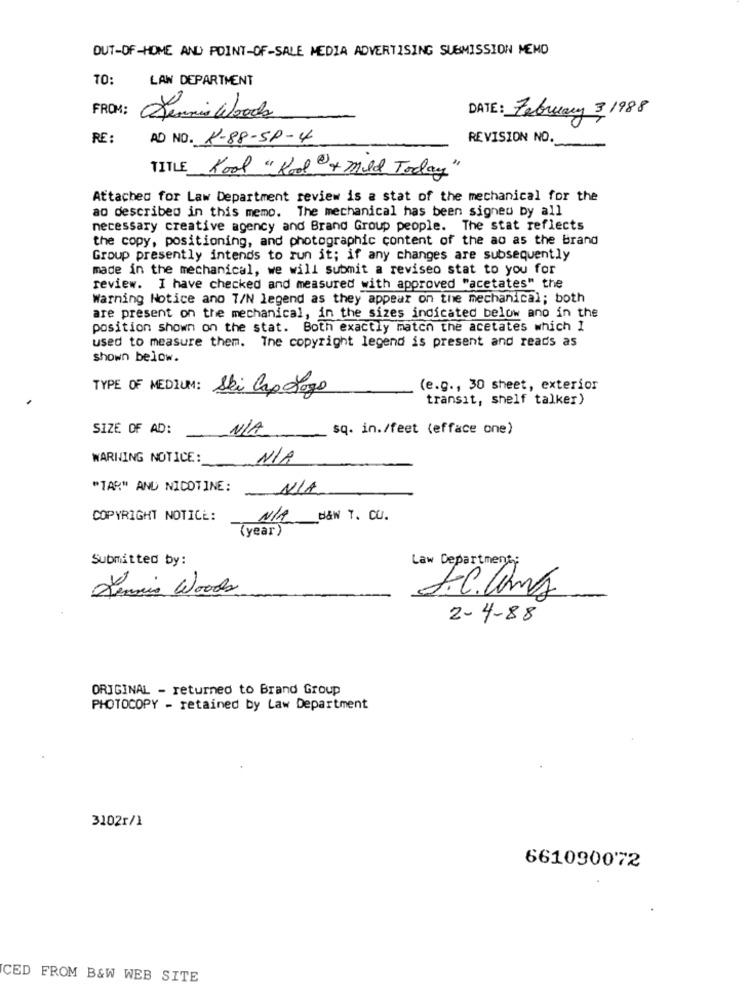
OUT-OF-HOME AND POINT-OF-SALE MEDIA ADVERTISING SUBMISSION MENO
TO:
LAW DEPARTMENT
FROM:
Dennis Woods
DATE: February 31988
RE :
AD NO. 4-88-SP-4
REVISION NO.
TITLE Kool "Kool "+ Mild Today"
Attached for Law Department review is a stat of the mechanical for the
ao described in this memo. The mechanical has been signed by all
necessary creative agency and Brand Group people. The stat reflects
the copy, positioning, and photographic content of the ao as the brand
Group presently intends to run it; if any changes are subsequently
made in the mechanical, we will submit a reviseo stat to you for
review. I have checked and measured with approved "acetates" the
Warning Notice ano T/N legend as they appear on the mechanical; both
are present on the mechanical, in the sizes indicated below ano in the
position shown on the stat. Both exactly match the acetates which I
used to measure them. The copyright legend is present and reads as
shown below.
TYPE OF MEDIUM:
Ski Cap Logo
(e.g ., 30 sheet, exterior
transit, shelf talker)
SIZE OF AD:
sq. in./feet (efface one)
WARNING NOTICE:
"TAR" AND NICOTINE:
COPYRIGHT NOTICE:
N/A_B&N T. CU.
(year)
Submitted by:
Law Department
Dennis Woods
S.C.Cams
2-4-88
ORIGINAL - returned to Brand Group
PHOTOCOPY - retained by Law Department
3102r/1
661090072
CED FROM B&W WEB SITE